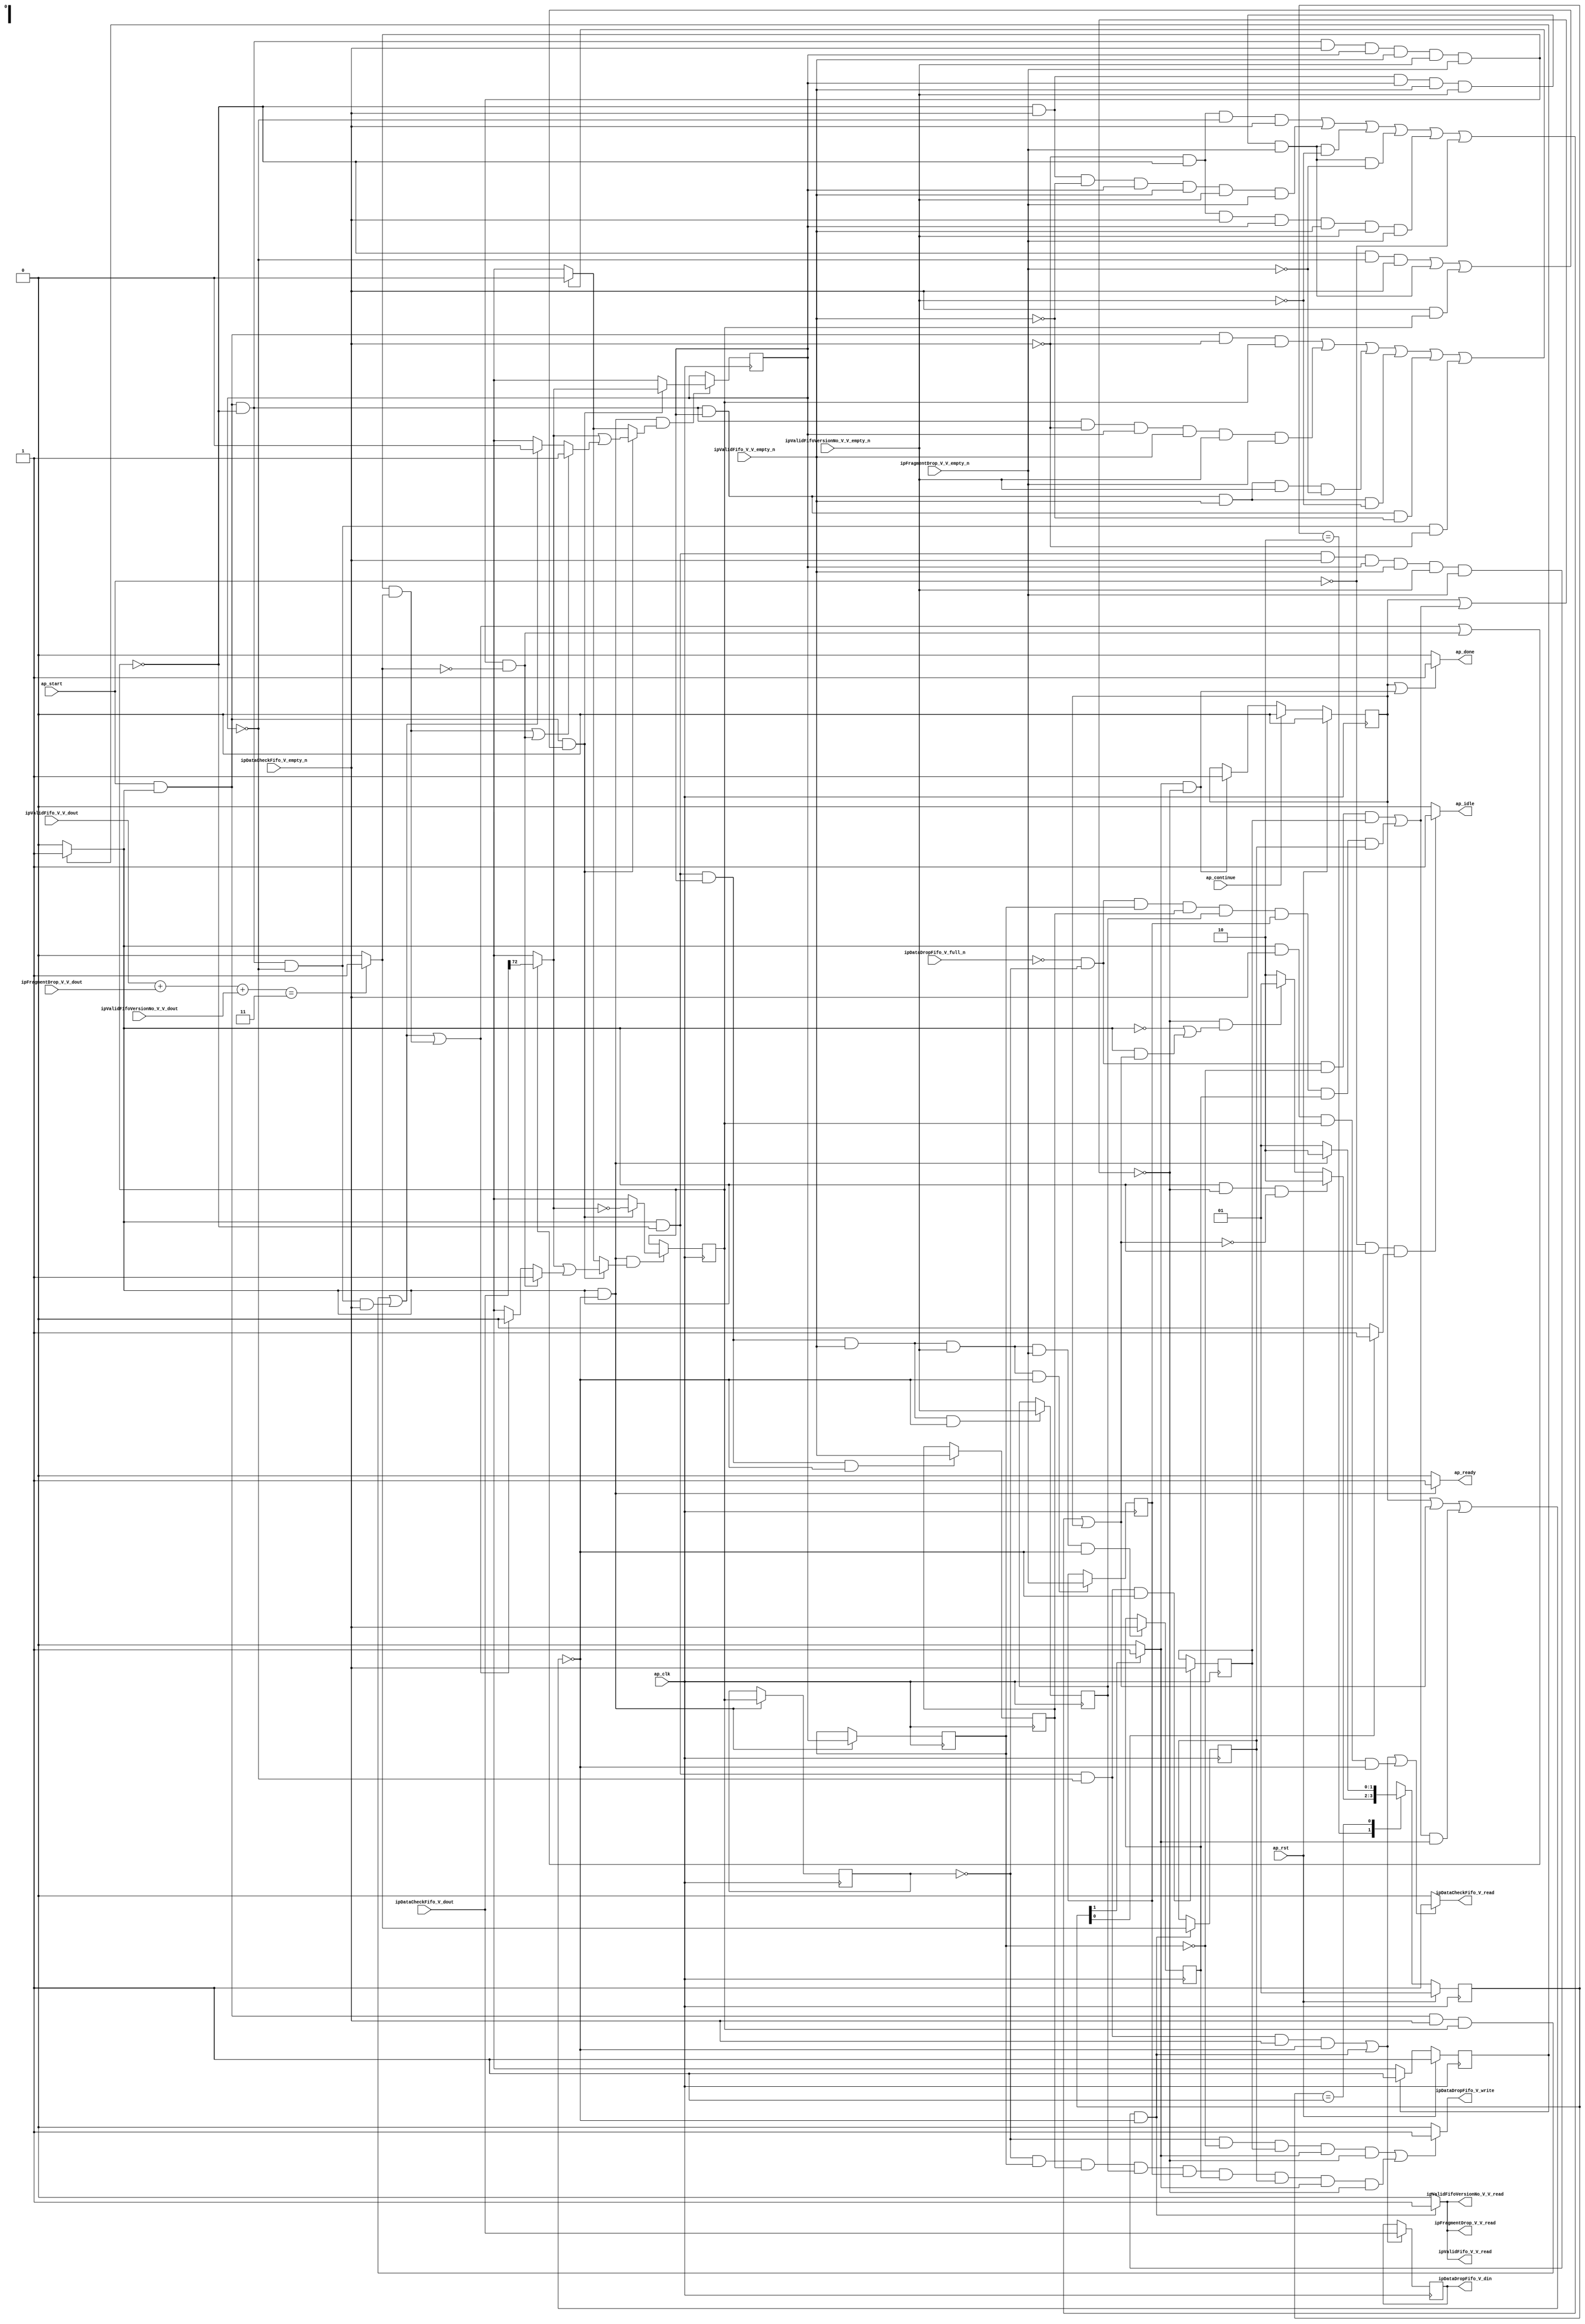
// ==============================================================
// RTL generated by Vivado(TM) HLS - High-Level Synthesis from C, C++ and SystemC
// Version: 2015.1
// Copyright (C) 2015 Xilinx Inc. All rights reserved.
// 
// ===========================================================

`timescale 1 ns / 1 ps 

module ip_handler_ip_invalid_dropper (
        ap_clk,
        ap_rst,
        ap_start,
        ap_done,
        ap_continue,
        ap_idle,
        ap_ready,
        ipDataCheckFifo_V_dout,
        ipDataCheckFifo_V_empty_n,
        ipDataCheckFifo_V_read,
        ipValidFifo_V_V_dout,
        ipValidFifo_V_V_empty_n,
        ipValidFifo_V_V_read,
        ipValidFifoVersionNo_V_V_dout,
        ipValidFifoVersionNo_V_V_empty_n,
        ipValidFifoVersionNo_V_V_read,
        ipFragmentDrop_V_V_dout,
        ipFragmentDrop_V_V_empty_n,
        ipFragmentDrop_V_V_read,
        ipDataDropFifo_V_din,
        ipDataDropFifo_V_full_n,
        ipDataDropFifo_V_write
);

parameter    ap_const_logic_1 = 1'b1;
parameter    ap_const_logic_0 = 1'b0;
parameter    ap_ST_st1_fsm0_0 = 1'b1;
parameter    ap_ST_st2_fsm1_1 = 2'b10;
parameter    ap_ST_st0_fsm1_0 = 2'b1;
parameter    ap_const_lv32_0 = 32'b00000000000000000000000000000000;
parameter    ap_const_lv1_1 = 1'b1;
parameter    ap_const_lv1_0 = 1'b0;
parameter    ap_const_lv32_1 = 32'b1;
parameter    ap_const_lv32_48 = 32'b1001000;
parameter    ap_const_lv2_3 = 2'b11;
parameter    ap_true = 1'b1;

input   ap_clk;
input   ap_rst;
input   ap_start;
output   ap_done;
input   ap_continue;
output   ap_idle;
output   ap_ready;
input  [72:0] ipDataCheckFifo_V_dout;
input   ipDataCheckFifo_V_empty_n;
output   ipDataCheckFifo_V_read;
input  [0:0] ipValidFifo_V_V_dout;
input   ipValidFifo_V_V_empty_n;
output   ipValidFifo_V_V_read;
input  [0:0] ipValidFifoVersionNo_V_V_dout;
input   ipValidFifoVersionNo_V_V_empty_n;
output   ipValidFifoVersionNo_V_V_read;
input  [0:0] ipFragmentDrop_V_V_dout;
input   ipFragmentDrop_V_V_empty_n;
output   ipFragmentDrop_V_V_read;
output  [72:0] ipDataDropFifo_V_din;
input   ipDataDropFifo_V_full_n;
output   ipDataDropFifo_V_write;

reg ap_done;
reg ap_idle;
reg ap_ready;
reg ipDataCheckFifo_V_read;
reg ipValidFifo_V_V_read;
reg ipValidFifoVersionNo_V_V_read;
reg ipFragmentDrop_V_V_read;
reg ipDataDropFifo_V_write;
reg    ap_done_reg = 1'b0;
(* fsm_encoding = "none" *) reg   [0:0] ap_CS_fsm0 = 1'b1;
reg    ap_sig_cseq_ST_st1_fsm0_0;
reg    ap_sig_bdd_23;
(* fsm_encoding = "none" *) reg   [1:0] ap_CS_fsm1 = 2'b1;
reg    ap_sig_cseq_ST_st0_fsm1_0;
reg    ap_sig_bdd_34;
wire   [0:0] grp_nbreadreq_fu_84_p3;
wire   [0:0] tmp_3_nbreadreq_fu_98_p3;
wire   [0:0] tmp_5_nbreadreq_fu_106_p3;
wire   [0:0] tmp_6_nbreadreq_fu_114_p3;
reg    ap_sig_bdd_100;
reg   [0:0] iid_drop_load_reg_386;
reg   [0:0] iid_firstWord_load_reg_390;
reg   [0:0] tmp_4_reg_394;
reg   [0:0] tmp_3_reg_398;
reg   [0:0] tmp_5_reg_402;
reg   [0:0] tmp_6_reg_406;
reg   [0:0] tmp_7_reg_410;
reg   [0:0] tmp_30_reg_414;
reg    ap_sig_bdd_148;
reg    ap_sig_cseq_ST_st2_fsm1_1;
reg    ap_sig_bdd_154;
reg   [0:0] iid_drop = 1'b0;
reg   [0:0] iid_firstWord = 1'b1;
reg   [72:0] reg_310;
wire   [0:0] tmp_30_fu_347_p2;
wire   [0:0] ap_reg_phiprechg_iid_drop_flag_1_reg_147pp0_it0;
reg   [0:0] iid_drop_flag_1_phi_fu_150_p8;
wire   [0:0] ap_reg_phiprechg_iid_firstWord_flag_reg_164pp0_it0;
reg   [0:0] iid_firstWord_flag_phi_fu_167_p8;
wire   [0:0] ap_reg_phiprechg_tmp_31_reg_181pp0_it0;
reg   [0:0] tmp_31_phi_fu_184_p8;
wire   [0:0] ap_reg_phiprechg_iid_drop_flag_2_reg_194pp0_it0;
reg   [0:0] iid_drop_flag_2_phi_fu_197_p14;
wire   [0:0] p_iid_drop_flag_1_fu_353_p2;
wire   [0:0] not_tmp_s_fu_360_p2;
wire   [0:0] ap_reg_phiprechg_iid_drop_new_2_reg_220pp0_it0;
reg   [0:0] iid_drop_new_2_phi_fu_223_p14;
wire   [0:0] ap_reg_phiprechg_iid_firstWord_flag_1_reg_245pp0_it0;
reg   [0:0] iid_firstWord_flag_1_phi_fu_248_p14;
wire   [0:0] p_iid_firstWord_flag_fu_367_p2;
wire   [0:0] ap_reg_phiprechg_iid_firstWord_new_1_reg_271pp0_it0;
reg   [0:0] iid_firstWord_new_1_phi_fu_274_p14;
wire   [1:0] lhs_V_fu_323_p1;
wire   [1:0] tmp_s_fu_331_p1;
wire   [1:0] tmp1_fu_335_p2;
wire   [1:0] rhs_V_fu_327_p1;
wire   [1:0] valid_V_fu_341_p2;
reg   [0:0] ap_NS_fsm0;
reg   [1:0] ap_NS_fsm1;




/// the current state (ap_CS_fsm0) of the state machine. ///
always @ (posedge ap_clk)
begin : ap_ret_ap_CS_fsm0
    if (ap_rst == 1'b1) begin
        ap_CS_fsm0 <= ap_ST_st1_fsm0_0;
    end else begin
        ap_CS_fsm0 <= ap_NS_fsm0;
    end
end

/// the current state (ap_CS_fsm1) of the state machine. ///
always @ (posedge ap_clk)
begin : ap_ret_ap_CS_fsm1
    if (ap_rst == 1'b1) begin
        ap_CS_fsm1 <= ap_ST_st0_fsm1_0;
    end else begin
        ap_CS_fsm1 <= ap_NS_fsm1;
    end
end

/// ap_done_reg assign process. ///
always @ (posedge ap_clk)
begin : ap_ret_ap_done_reg
    if (ap_rst == 1'b1) begin
        ap_done_reg <= ap_const_logic_0;
    end else begin
        if ((ap_const_logic_1 == ap_continue)) begin
            ap_done_reg <= ap_const_logic_0;
        end else if (((ap_const_logic_1 == ap_sig_cseq_ST_st2_fsm1_1) & ~((ap_done_reg == ap_const_logic_1) | ap_sig_bdd_148))) begin
            ap_done_reg <= ap_const_logic_1;
        end
    end
end

/// assign process. ///
always @(posedge ap_clk)
begin
    if (((ap_const_logic_1 == ap_sig_cseq_ST_st1_fsm0_0) & ~((ap_done_reg == ap_const_logic_1) | ap_sig_bdd_100 | (ap_sig_bdd_148 & (ap_const_logic_1 == ap_sig_cseq_ST_st2_fsm1_1))) & ~(ap_const_lv1_0 == iid_drop_flag_2_phi_fu_197_p14))) begin
        iid_drop <= iid_drop_new_2_phi_fu_223_p14;
    end
end

/// assign process. ///
always @(posedge ap_clk)
begin
    if (((ap_const_logic_1 == ap_sig_cseq_ST_st1_fsm0_0) & ~((ap_done_reg == ap_const_logic_1) | ap_sig_bdd_100 | (ap_sig_bdd_148 & (ap_const_logic_1 == ap_sig_cseq_ST_st2_fsm1_1))))) begin
        iid_drop_load_reg_386 <= iid_drop;
        iid_firstWord_load_reg_390 <= iid_firstWord;
    end
end

/// assign process. ///
always @(posedge ap_clk)
begin
    if (((ap_const_logic_1 == ap_sig_cseq_ST_st1_fsm0_0) & ~((ap_done_reg == ap_const_logic_1) | ap_sig_bdd_100 | (ap_sig_bdd_148 & (ap_const_logic_1 == ap_sig_cseq_ST_st2_fsm1_1))) & ~(ap_const_lv1_0 == iid_firstWord_flag_1_phi_fu_248_p14))) begin
        iid_firstWord <= iid_firstWord_new_1_phi_fu_274_p14;
    end
end

/// assign process. ///
always @(posedge ap_clk)
begin
    if ((((ap_const_logic_1 == ap_sig_cseq_ST_st1_fsm0_0) & (iid_drop == ap_const_lv1_0) & (ap_const_lv1_0 == iid_firstWord) & ~(ap_const_lv1_0 == grp_nbreadreq_fu_84_p3) & ~((ap_done_reg == ap_const_logic_1) | ap_sig_bdd_100 | (ap_sig_bdd_148 & (ap_const_logic_1 == ap_sig_cseq_ST_st2_fsm1_1)))) | ((ap_const_logic_1 == ap_sig_cseq_ST_st1_fsm0_0) & (iid_drop == ap_const_lv1_0) & ~(ap_const_lv1_0 == grp_nbreadreq_fu_84_p3) & ~(ap_const_lv1_0 == iid_firstWord) & ~(ap_const_lv1_0 == tmp_3_nbreadreq_fu_98_p3) & ~(ap_const_lv1_0 == tmp_5_nbreadreq_fu_106_p3) & ~(ap_const_lv1_0 == tmp_6_nbreadreq_fu_114_p3) & ~((ap_done_reg == ap_const_logic_1) | ap_sig_bdd_100 | (ap_sig_bdd_148 & (ap_const_logic_1 == ap_sig_cseq_ST_st2_fsm1_1)))))) begin
        reg_310 <= ipDataCheckFifo_V_dout;
    end
end

/// assign process. ///
always @(posedge ap_clk)
begin
    if (((ap_const_logic_1 == ap_sig_cseq_ST_st1_fsm0_0) & (iid_drop == ap_const_lv1_0) & ~(ap_const_lv1_0 == grp_nbreadreq_fu_84_p3) & ~(ap_const_lv1_0 == iid_firstWord) & ~(ap_const_lv1_0 == tmp_3_nbreadreq_fu_98_p3) & ~(ap_const_lv1_0 == tmp_5_nbreadreq_fu_106_p3) & ~(ap_const_lv1_0 == tmp_6_nbreadreq_fu_114_p3) & ~((ap_done_reg == ap_const_logic_1) | ap_sig_bdd_100 | (ap_sig_bdd_148 & (ap_const_logic_1 == ap_sig_cseq_ST_st2_fsm1_1))))) begin
        tmp_30_reg_414 <= tmp_30_fu_347_p2;
    end
end

/// assign process. ///
always @(posedge ap_clk)
begin
    if (((ap_const_logic_1 == ap_sig_cseq_ST_st1_fsm0_0) & (iid_drop == ap_const_lv1_0) & ~(ap_const_lv1_0 == iid_firstWord) & ~((ap_done_reg == ap_const_logic_1) | ap_sig_bdd_100 | (ap_sig_bdd_148 & (ap_const_logic_1 == ap_sig_cseq_ST_st2_fsm1_1))))) begin
        tmp_3_reg_398 <= tmp_3_nbreadreq_fu_98_p3;
    end
end

/// assign process. ///
always @(posedge ap_clk)
begin
    if (((ap_const_logic_1 == ap_sig_cseq_ST_st1_fsm0_0) & (iid_drop == ap_const_lv1_0) & (ap_const_lv1_0 == iid_firstWord) & ~((ap_done_reg == ap_const_logic_1) | ap_sig_bdd_100 | (ap_sig_bdd_148 & (ap_const_logic_1 == ap_sig_cseq_ST_st2_fsm1_1))))) begin
        tmp_4_reg_394 <= grp_nbreadreq_fu_84_p3;
    end
end

/// assign process. ///
always @(posedge ap_clk)
begin
    if (((ap_const_logic_1 == ap_sig_cseq_ST_st1_fsm0_0) & (iid_drop == ap_const_lv1_0) & ~(ap_const_lv1_0 == iid_firstWord) & ~(ap_const_lv1_0 == tmp_3_nbreadreq_fu_98_p3) & ~((ap_done_reg == ap_const_logic_1) | ap_sig_bdd_100 | (ap_sig_bdd_148 & (ap_const_logic_1 == ap_sig_cseq_ST_st2_fsm1_1))))) begin
        tmp_5_reg_402 <= tmp_5_nbreadreq_fu_106_p3;
    end
end

/// assign process. ///
always @(posedge ap_clk)
begin
    if (((ap_const_logic_1 == ap_sig_cseq_ST_st1_fsm0_0) & (iid_drop == ap_const_lv1_0) & ~(ap_const_lv1_0 == iid_firstWord) & ~(ap_const_lv1_0 == tmp_3_nbreadreq_fu_98_p3) & ~(ap_const_lv1_0 == tmp_5_nbreadreq_fu_106_p3) & ~((ap_done_reg == ap_const_logic_1) | ap_sig_bdd_100 | (ap_sig_bdd_148 & (ap_const_logic_1 == ap_sig_cseq_ST_st2_fsm1_1))))) begin
        tmp_6_reg_406 <= tmp_6_nbreadreq_fu_114_p3;
    end
end

/// assign process. ///
always @(posedge ap_clk)
begin
    if (((ap_const_logic_1 == ap_sig_cseq_ST_st1_fsm0_0) & (iid_drop == ap_const_lv1_0) & ~(ap_const_lv1_0 == iid_firstWord) & ~(ap_const_lv1_0 == tmp_3_nbreadreq_fu_98_p3) & ~(ap_const_lv1_0 == tmp_5_nbreadreq_fu_106_p3) & ~(ap_const_lv1_0 == tmp_6_nbreadreq_fu_114_p3) & ~((ap_done_reg == ap_const_logic_1) | ap_sig_bdd_100 | (ap_sig_bdd_148 & (ap_const_logic_1 == ap_sig_cseq_ST_st2_fsm1_1))))) begin
        tmp_7_reg_410 <= grp_nbreadreq_fu_84_p3;
    end
end

/// ap_done assign process. ///
always @ (ap_done_reg or ap_sig_bdd_148 or ap_sig_cseq_ST_st2_fsm1_1)
begin
    if (((ap_const_logic_1 == ap_done_reg) | ((ap_const_logic_1 == ap_sig_cseq_ST_st2_fsm1_1) & ~((ap_done_reg == ap_const_logic_1) | ap_sig_bdd_148)))) begin
        ap_done = ap_const_logic_1;
    end else begin
        ap_done = ap_const_logic_0;
    end
end

/// ap_idle assign process. ///
always @ (ap_start or ap_sig_cseq_ST_st1_fsm0_0 or ap_sig_cseq_ST_st0_fsm1_0)
begin
    if ((~(ap_const_logic_1 == ap_start) & (ap_const_logic_1 == ap_sig_cseq_ST_st1_fsm0_0) & (ap_const_logic_1 == ap_sig_cseq_ST_st0_fsm1_0))) begin
        ap_idle = ap_const_logic_1;
    end else begin
        ap_idle = ap_const_logic_0;
    end
end

/// ap_ready assign process. ///
always @ (ap_done_reg or ap_sig_cseq_ST_st1_fsm0_0 or ap_sig_bdd_100 or ap_sig_bdd_148 or ap_sig_cseq_ST_st2_fsm1_1)
begin
    if (((ap_const_logic_1 == ap_sig_cseq_ST_st1_fsm0_0) & ~((ap_done_reg == ap_const_logic_1) | ap_sig_bdd_100 | (ap_sig_bdd_148 & (ap_const_logic_1 == ap_sig_cseq_ST_st2_fsm1_1))))) begin
        ap_ready = ap_const_logic_1;
    end else begin
        ap_ready = ap_const_logic_0;
    end
end

/// ap_sig_cseq_ST_st0_fsm1_0 assign process. ///
always @ (ap_sig_bdd_34)
begin
    if (ap_sig_bdd_34) begin
        ap_sig_cseq_ST_st0_fsm1_0 = ap_const_logic_1;
    end else begin
        ap_sig_cseq_ST_st0_fsm1_0 = ap_const_logic_0;
    end
end

/// ap_sig_cseq_ST_st1_fsm0_0 assign process. ///
always @ (ap_sig_bdd_23)
begin
    if (ap_sig_bdd_23) begin
        ap_sig_cseq_ST_st1_fsm0_0 = ap_const_logic_1;
    end else begin
        ap_sig_cseq_ST_st1_fsm0_0 = ap_const_logic_0;
    end
end

/// ap_sig_cseq_ST_st2_fsm1_1 assign process. ///
always @ (ap_sig_bdd_154)
begin
    if (ap_sig_bdd_154) begin
        ap_sig_cseq_ST_st2_fsm1_1 = ap_const_logic_1;
    end else begin
        ap_sig_cseq_ST_st2_fsm1_1 = ap_const_logic_0;
    end
end

/// iid_drop_flag_1_phi_fu_150_p8 assign process. ///
always @ (ap_start or ap_sig_cseq_ST_st1_fsm0_0 or grp_nbreadreq_fu_84_p3 or tmp_3_nbreadreq_fu_98_p3 or tmp_5_nbreadreq_fu_106_p3 or tmp_6_nbreadreq_fu_114_p3 or iid_drop or iid_firstWord or tmp_30_fu_347_p2 or ap_reg_phiprechg_iid_drop_flag_1_reg_147pp0_it0)
begin
    if (((ap_const_logic_1 == ap_start) & (ap_const_logic_1 == ap_sig_cseq_ST_st1_fsm0_0) & (iid_drop == ap_const_lv1_0) & ~(ap_const_lv1_0 == grp_nbreadreq_fu_84_p3) & ~(ap_const_lv1_0 == iid_firstWord) & ~(ap_const_lv1_0 == tmp_3_nbreadreq_fu_98_p3) & ~(ap_const_lv1_0 == tmp_5_nbreadreq_fu_106_p3) & ~(ap_const_lv1_0 == tmp_6_nbreadreq_fu_114_p3) & (ap_const_lv1_0 == tmp_30_fu_347_p2))) begin
        iid_drop_flag_1_phi_fu_150_p8 = ap_const_lv1_1;
    end else if ((((ap_const_logic_1 == ap_start) & (ap_const_logic_1 == ap_sig_cseq_ST_st1_fsm0_0) & ~(ap_const_lv1_0 == grp_nbreadreq_fu_84_p3) & ~(iid_drop == ap_const_lv1_0)) | ((ap_const_logic_1 == ap_start) & (ap_const_logic_1 == ap_sig_cseq_ST_st1_fsm0_0) & (iid_drop == ap_const_lv1_0) & (ap_const_lv1_0 == iid_firstWord) & ~(ap_const_lv1_0 == grp_nbreadreq_fu_84_p3)) | ((ap_const_logic_1 == ap_start) & (ap_const_logic_1 == ap_sig_cseq_ST_st1_fsm0_0) & (iid_drop == ap_const_lv1_0) & ~(ap_const_lv1_0 == grp_nbreadreq_fu_84_p3) & ~(ap_const_lv1_0 == iid_firstWord) & ~(ap_const_lv1_0 == tmp_3_nbreadreq_fu_98_p3) & ~(ap_const_lv1_0 == tmp_5_nbreadreq_fu_106_p3) & ~(ap_const_lv1_0 == tmp_6_nbreadreq_fu_114_p3) & ~(ap_const_lv1_0 == tmp_30_fu_347_p2)))) begin
        iid_drop_flag_1_phi_fu_150_p8 = ap_const_lv1_0;
    end else begin
        iid_drop_flag_1_phi_fu_150_p8 = ap_reg_phiprechg_iid_drop_flag_1_reg_147pp0_it0;
    end
end

/// iid_drop_flag_2_phi_fu_197_p14 assign process. ///
always @ (ap_start or ap_sig_cseq_ST_st1_fsm0_0 or grp_nbreadreq_fu_84_p3 or tmp_3_nbreadreq_fu_98_p3 or tmp_5_nbreadreq_fu_106_p3 or tmp_6_nbreadreq_fu_114_p3 or iid_drop or iid_firstWord or ap_reg_phiprechg_iid_drop_flag_2_reg_194pp0_it0 or p_iid_drop_flag_1_fu_353_p2)
begin
    if (((ap_const_logic_1 == ap_start) & (ap_const_logic_1 == ap_sig_cseq_ST_st1_fsm0_0) & (((iid_drop == ap_const_lv1_0) & (ap_const_lv1_0 == iid_firstWord) & ~(ap_const_lv1_0 == grp_nbreadreq_fu_84_p3)) | ((iid_drop == ap_const_lv1_0) & ~(ap_const_lv1_0 == grp_nbreadreq_fu_84_p3) & ~(ap_const_lv1_0 == iid_firstWord) & ~(ap_const_lv1_0 == tmp_3_nbreadreq_fu_98_p3) & ~(ap_const_lv1_0 == tmp_5_nbreadreq_fu_106_p3) & ~(ap_const_lv1_0 == tmp_6_nbreadreq_fu_114_p3)) | (~(ap_const_lv1_0 == grp_nbreadreq_fu_84_p3) & ~(iid_drop == ap_const_lv1_0))))) begin
        iid_drop_flag_2_phi_fu_197_p14 = p_iid_drop_flag_1_fu_353_p2;
    end else if ((((ap_const_logic_1 == ap_start) & (ap_const_logic_1 == ap_sig_cseq_ST_st1_fsm0_0) & (ap_const_lv1_0 == grp_nbreadreq_fu_84_p3) & ~(iid_drop == ap_const_lv1_0)) | ((ap_const_logic_1 == ap_start) & (ap_const_logic_1 == ap_sig_cseq_ST_st1_fsm0_0) & (iid_drop == ap_const_lv1_0) & (ap_const_lv1_0 == grp_nbreadreq_fu_84_p3) & ~(ap_const_lv1_0 == iid_firstWord) & ~(ap_const_lv1_0 == tmp_3_nbreadreq_fu_98_p3) & ~(ap_const_lv1_0 == tmp_5_nbreadreq_fu_106_p3) & ~(ap_const_lv1_0 == tmp_6_nbreadreq_fu_114_p3)) | ((ap_const_logic_1 == ap_start) & (ap_const_logic_1 == ap_sig_cseq_ST_st1_fsm0_0) & (iid_drop == ap_const_lv1_0) & ~(ap_const_lv1_0 == iid_firstWord) & ~(ap_const_lv1_0 == tmp_3_nbreadreq_fu_98_p3) & ~(ap_const_lv1_0 == tmp_5_nbreadreq_fu_106_p3) & (ap_const_lv1_0 == tmp_6_nbreadreq_fu_114_p3)) | ((ap_const_logic_1 == ap_start) & (ap_const_logic_1 == ap_sig_cseq_ST_st1_fsm0_0) & (iid_drop == ap_const_lv1_0) & ~(ap_const_lv1_0 == iid_firstWord) & ~(ap_const_lv1_0 == tmp_3_nbreadreq_fu_98_p3) & (ap_const_lv1_0 == tmp_5_nbreadreq_fu_106_p3)) | ((ap_const_logic_1 == ap_start) & (ap_const_logic_1 == ap_sig_cseq_ST_st1_fsm0_0) & (iid_drop == ap_const_lv1_0) & ~(ap_const_lv1_0 == iid_firstWord) & (ap_const_lv1_0 == tmp_3_nbreadreq_fu_98_p3)) | ((ap_const_logic_1 == ap_start) & (ap_const_logic_1 == ap_sig_cseq_ST_st1_fsm0_0) & (iid_drop == ap_const_lv1_0) & (ap_const_lv1_0 == iid_firstWord) & (ap_const_lv1_0 == grp_nbreadreq_fu_84_p3)))) begin
        iid_drop_flag_2_phi_fu_197_p14 = ap_const_lv1_0;
    end else begin
        iid_drop_flag_2_phi_fu_197_p14 = ap_reg_phiprechg_iid_drop_flag_2_reg_194pp0_it0;
    end
end

/// iid_drop_new_2_phi_fu_223_p14 assign process. ///
always @ (ap_start or ap_sig_cseq_ST_st1_fsm0_0 or grp_nbreadreq_fu_84_p3 or tmp_3_nbreadreq_fu_98_p3 or tmp_5_nbreadreq_fu_106_p3 or tmp_6_nbreadreq_fu_114_p3 or iid_drop or iid_firstWord or not_tmp_s_fu_360_p2 or ap_reg_phiprechg_iid_drop_new_2_reg_220pp0_it0)
begin
    if (((ap_const_logic_1 == ap_start) & (ap_const_logic_1 == ap_sig_cseq_ST_st1_fsm0_0) & (((iid_drop == ap_const_lv1_0) & (ap_const_lv1_0 == iid_firstWord) & ~(ap_const_lv1_0 == grp_nbreadreq_fu_84_p3)) | ((iid_drop == ap_const_lv1_0) & ~(ap_const_lv1_0 == grp_nbreadreq_fu_84_p3) & ~(ap_const_lv1_0 == iid_firstWord) & ~(ap_const_lv1_0 == tmp_3_nbreadreq_fu_98_p3) & ~(ap_const_lv1_0 == tmp_5_nbreadreq_fu_106_p3) & ~(ap_const_lv1_0 == tmp_6_nbreadreq_fu_114_p3)) | (~(ap_const_lv1_0 == grp_nbreadreq_fu_84_p3) & ~(iid_drop == ap_const_lv1_0))))) begin
        iid_drop_new_2_phi_fu_223_p14 = not_tmp_s_fu_360_p2;
    end else begin
        iid_drop_new_2_phi_fu_223_p14 = ap_reg_phiprechg_iid_drop_new_2_reg_220pp0_it0;
    end
end

/// iid_firstWord_flag_1_phi_fu_248_p14 assign process. ///
always @ (ap_start or ap_sig_cseq_ST_st1_fsm0_0 or grp_nbreadreq_fu_84_p3 or tmp_3_nbreadreq_fu_98_p3 or tmp_5_nbreadreq_fu_106_p3 or tmp_6_nbreadreq_fu_114_p3 or iid_drop or iid_firstWord or ap_reg_phiprechg_iid_firstWord_flag_1_reg_245pp0_it0 or p_iid_firstWord_flag_fu_367_p2)
begin
    if (((ap_const_logic_1 == ap_start) & (ap_const_logic_1 == ap_sig_cseq_ST_st1_fsm0_0) & (((iid_drop == ap_const_lv1_0) & (ap_const_lv1_0 == iid_firstWord) & ~(ap_const_lv1_0 == grp_nbreadreq_fu_84_p3)) | ((iid_drop == ap_const_lv1_0) & ~(ap_const_lv1_0 == grp_nbreadreq_fu_84_p3) & ~(ap_const_lv1_0 == iid_firstWord) & ~(ap_const_lv1_0 == tmp_3_nbreadreq_fu_98_p3) & ~(ap_const_lv1_0 == tmp_5_nbreadreq_fu_106_p3) & ~(ap_const_lv1_0 == tmp_6_nbreadreq_fu_114_p3)) | (~(ap_const_lv1_0 == grp_nbreadreq_fu_84_p3) & ~(iid_drop == ap_const_lv1_0))))) begin
        iid_firstWord_flag_1_phi_fu_248_p14 = p_iid_firstWord_flag_fu_367_p2;
    end else if ((((ap_const_logic_1 == ap_start) & (ap_const_logic_1 == ap_sig_cseq_ST_st1_fsm0_0) & (ap_const_lv1_0 == grp_nbreadreq_fu_84_p3) & ~(iid_drop == ap_const_lv1_0)) | ((ap_const_logic_1 == ap_start) & (ap_const_logic_1 == ap_sig_cseq_ST_st1_fsm0_0) & (iid_drop == ap_const_lv1_0) & (ap_const_lv1_0 == grp_nbreadreq_fu_84_p3) & ~(ap_const_lv1_0 == iid_firstWord) & ~(ap_const_lv1_0 == tmp_3_nbreadreq_fu_98_p3) & ~(ap_const_lv1_0 == tmp_5_nbreadreq_fu_106_p3) & ~(ap_const_lv1_0 == tmp_6_nbreadreq_fu_114_p3)) | ((ap_const_logic_1 == ap_start) & (ap_const_logic_1 == ap_sig_cseq_ST_st1_fsm0_0) & (iid_drop == ap_const_lv1_0) & ~(ap_const_lv1_0 == iid_firstWord) & ~(ap_const_lv1_0 == tmp_3_nbreadreq_fu_98_p3) & ~(ap_const_lv1_0 == tmp_5_nbreadreq_fu_106_p3) & (ap_const_lv1_0 == tmp_6_nbreadreq_fu_114_p3)) | ((ap_const_logic_1 == ap_start) & (ap_const_logic_1 == ap_sig_cseq_ST_st1_fsm0_0) & (iid_drop == ap_const_lv1_0) & ~(ap_const_lv1_0 == iid_firstWord) & ~(ap_const_lv1_0 == tmp_3_nbreadreq_fu_98_p3) & (ap_const_lv1_0 == tmp_5_nbreadreq_fu_106_p3)) | ((ap_const_logic_1 == ap_start) & (ap_const_logic_1 == ap_sig_cseq_ST_st1_fsm0_0) & (iid_drop == ap_const_lv1_0) & ~(ap_const_lv1_0 == iid_firstWord) & (ap_const_lv1_0 == tmp_3_nbreadreq_fu_98_p3)) | ((ap_const_logic_1 == ap_start) & (ap_const_logic_1 == ap_sig_cseq_ST_st1_fsm0_0) & (iid_drop == ap_const_lv1_0) & (ap_const_lv1_0 == iid_firstWord) & (ap_const_lv1_0 == grp_nbreadreq_fu_84_p3)))) begin
        iid_firstWord_flag_1_phi_fu_248_p14 = ap_const_lv1_0;
    end else begin
        iid_firstWord_flag_1_phi_fu_248_p14 = ap_reg_phiprechg_iid_firstWord_flag_1_reg_245pp0_it0;
    end
end

/// iid_firstWord_flag_phi_fu_167_p8 assign process. ///
always @ (ap_start or ap_sig_cseq_ST_st1_fsm0_0 or grp_nbreadreq_fu_84_p3 or tmp_3_nbreadreq_fu_98_p3 or tmp_5_nbreadreq_fu_106_p3 or tmp_6_nbreadreq_fu_114_p3 or iid_drop or iid_firstWord or tmp_30_fu_347_p2 or ap_reg_phiprechg_iid_firstWord_flag_reg_164pp0_it0)
begin
    if ((((ap_const_logic_1 == ap_start) & (ap_const_logic_1 == ap_sig_cseq_ST_st1_fsm0_0) & (iid_drop == ap_const_lv1_0) & ~(ap_const_lv1_0 == grp_nbreadreq_fu_84_p3) & ~(ap_const_lv1_0 == iid_firstWord) & ~(ap_const_lv1_0 == tmp_3_nbreadreq_fu_98_p3) & ~(ap_const_lv1_0 == tmp_5_nbreadreq_fu_106_p3) & ~(ap_const_lv1_0 == tmp_6_nbreadreq_fu_114_p3) & ~(ap_const_lv1_0 == tmp_30_fu_347_p2)) | ((ap_const_logic_1 == ap_start) & (ap_const_logic_1 == ap_sig_cseq_ST_st1_fsm0_0) & (iid_drop == ap_const_lv1_0) & ~(ap_const_lv1_0 == grp_nbreadreq_fu_84_p3) & ~(ap_const_lv1_0 == iid_firstWord) & ~(ap_const_lv1_0 == tmp_3_nbreadreq_fu_98_p3) & ~(ap_const_lv1_0 == tmp_5_nbreadreq_fu_106_p3) & ~(ap_const_lv1_0 == tmp_6_nbreadreq_fu_114_p3) & (ap_const_lv1_0 == tmp_30_fu_347_p2)))) begin
        iid_firstWord_flag_phi_fu_167_p8 = ap_const_lv1_1;
    end else if ((((ap_const_logic_1 == ap_start) & (ap_const_logic_1 == ap_sig_cseq_ST_st1_fsm0_0) & ~(ap_const_lv1_0 == grp_nbreadreq_fu_84_p3) & ~(iid_drop == ap_const_lv1_0)) | ((ap_const_logic_1 == ap_start) & (ap_const_logic_1 == ap_sig_cseq_ST_st1_fsm0_0) & (iid_drop == ap_const_lv1_0) & (ap_const_lv1_0 == iid_firstWord) & ~(ap_const_lv1_0 == grp_nbreadreq_fu_84_p3)))) begin
        iid_firstWord_flag_phi_fu_167_p8 = ap_const_lv1_0;
    end else begin
        iid_firstWord_flag_phi_fu_167_p8 = ap_reg_phiprechg_iid_firstWord_flag_reg_164pp0_it0;
    end
end

/// iid_firstWord_new_1_phi_fu_274_p14 assign process. ///
always @ (ap_start or ap_sig_cseq_ST_st1_fsm0_0 or grp_nbreadreq_fu_84_p3 or tmp_3_nbreadreq_fu_98_p3 or tmp_5_nbreadreq_fu_106_p3 or tmp_6_nbreadreq_fu_114_p3 or iid_drop or iid_firstWord or tmp_31_phi_fu_184_p8 or ap_reg_phiprechg_iid_firstWord_new_1_reg_271pp0_it0)
begin
    if (((ap_const_logic_1 == ap_start) & (ap_const_logic_1 == ap_sig_cseq_ST_st1_fsm0_0) & (((iid_drop == ap_const_lv1_0) & (ap_const_lv1_0 == iid_firstWord) & ~(ap_const_lv1_0 == grp_nbreadreq_fu_84_p3)) | ((iid_drop == ap_const_lv1_0) & ~(ap_const_lv1_0 == grp_nbreadreq_fu_84_p3) & ~(ap_const_lv1_0 == iid_firstWord) & ~(ap_const_lv1_0 == tmp_3_nbreadreq_fu_98_p3) & ~(ap_const_lv1_0 == tmp_5_nbreadreq_fu_106_p3) & ~(ap_const_lv1_0 == tmp_6_nbreadreq_fu_114_p3)) | (~(ap_const_lv1_0 == grp_nbreadreq_fu_84_p3) & ~(iid_drop == ap_const_lv1_0))))) begin
        iid_firstWord_new_1_phi_fu_274_p14 = tmp_31_phi_fu_184_p8;
    end else begin
        iid_firstWord_new_1_phi_fu_274_p14 = ap_reg_phiprechg_iid_firstWord_new_1_reg_271pp0_it0;
    end
end

/// ipDataCheckFifo_V_read assign process. ///
always @ (ap_done_reg or ap_sig_cseq_ST_st1_fsm0_0 or grp_nbreadreq_fu_84_p3 or tmp_3_nbreadreq_fu_98_p3 or tmp_5_nbreadreq_fu_106_p3 or tmp_6_nbreadreq_fu_114_p3 or ap_sig_bdd_100 or ap_sig_bdd_148 or ap_sig_cseq_ST_st2_fsm1_1 or iid_drop or iid_firstWord)
begin
    if ((((ap_const_logic_1 == ap_sig_cseq_ST_st1_fsm0_0) & (iid_drop == ap_const_lv1_0) & (ap_const_lv1_0 == iid_firstWord) & ~(ap_const_lv1_0 == grp_nbreadreq_fu_84_p3) & ~((ap_done_reg == ap_const_logic_1) | ap_sig_bdd_100 | (ap_sig_bdd_148 & (ap_const_logic_1 == ap_sig_cseq_ST_st2_fsm1_1)))) | ((ap_const_logic_1 == ap_sig_cseq_ST_st1_fsm0_0) & (iid_drop == ap_const_lv1_0) & ~(ap_const_lv1_0 == grp_nbreadreq_fu_84_p3) & ~(ap_const_lv1_0 == iid_firstWord) & ~(ap_const_lv1_0 == tmp_3_nbreadreq_fu_98_p3) & ~(ap_const_lv1_0 == tmp_5_nbreadreq_fu_106_p3) & ~(ap_const_lv1_0 == tmp_6_nbreadreq_fu_114_p3) & ~((ap_done_reg == ap_const_logic_1) | ap_sig_bdd_100 | (ap_sig_bdd_148 & (ap_const_logic_1 == ap_sig_cseq_ST_st2_fsm1_1)))) | ((ap_const_logic_1 == ap_sig_cseq_ST_st1_fsm0_0) & ~(ap_const_lv1_0 == grp_nbreadreq_fu_84_p3) & ~(iid_drop == ap_const_lv1_0) & ~((ap_done_reg == ap_const_logic_1) | ap_sig_bdd_100 | (ap_sig_bdd_148 & (ap_const_logic_1 == ap_sig_cseq_ST_st2_fsm1_1)))))) begin
        ipDataCheckFifo_V_read = ap_const_logic_1;
    end else begin
        ipDataCheckFifo_V_read = ap_const_logic_0;
    end
end

/// ipDataDropFifo_V_write assign process. ///
always @ (ap_done_reg or iid_drop_load_reg_386 or iid_firstWord_load_reg_390 or tmp_4_reg_394 or tmp_3_reg_398 or tmp_5_reg_402 or tmp_6_reg_406 or tmp_7_reg_410 or tmp_30_reg_414 or ap_sig_bdd_148 or ap_sig_cseq_ST_st2_fsm1_1)
begin
    if ((((ap_const_lv1_0 == iid_drop_load_reg_386) & (ap_const_lv1_0 == iid_firstWord_load_reg_390) & ~(ap_const_lv1_0 == tmp_4_reg_394) & (ap_const_logic_1 == ap_sig_cseq_ST_st2_fsm1_1) & ~((ap_done_reg == ap_const_logic_1) | ap_sig_bdd_148)) | ((ap_const_lv1_0 == iid_drop_load_reg_386) & ~(ap_const_lv1_0 == iid_firstWord_load_reg_390) & ~(ap_const_lv1_0 == tmp_3_reg_398) & ~(ap_const_lv1_0 == tmp_5_reg_402) & ~(ap_const_lv1_0 == tmp_6_reg_406) & ~(ap_const_lv1_0 == tmp_7_reg_410) & ~(ap_const_lv1_0 == tmp_30_reg_414) & (ap_const_logic_1 == ap_sig_cseq_ST_st2_fsm1_1) & ~((ap_done_reg == ap_const_logic_1) | ap_sig_bdd_148)))) begin
        ipDataDropFifo_V_write = ap_const_logic_1;
    end else begin
        ipDataDropFifo_V_write = ap_const_logic_0;
    end
end

/// ipFragmentDrop_V_V_read assign process. ///
always @ (ap_done_reg or ap_sig_cseq_ST_st1_fsm0_0 or grp_nbreadreq_fu_84_p3 or tmp_3_nbreadreq_fu_98_p3 or tmp_5_nbreadreq_fu_106_p3 or tmp_6_nbreadreq_fu_114_p3 or ap_sig_bdd_100 or ap_sig_bdd_148 or ap_sig_cseq_ST_st2_fsm1_1 or iid_drop or iid_firstWord)
begin
    if (((ap_const_logic_1 == ap_sig_cseq_ST_st1_fsm0_0) & (iid_drop == ap_const_lv1_0) & ~(ap_const_lv1_0 == grp_nbreadreq_fu_84_p3) & ~(ap_const_lv1_0 == iid_firstWord) & ~(ap_const_lv1_0 == tmp_3_nbreadreq_fu_98_p3) & ~(ap_const_lv1_0 == tmp_5_nbreadreq_fu_106_p3) & ~(ap_const_lv1_0 == tmp_6_nbreadreq_fu_114_p3) & ~((ap_done_reg == ap_const_logic_1) | ap_sig_bdd_100 | (ap_sig_bdd_148 & (ap_const_logic_1 == ap_sig_cseq_ST_st2_fsm1_1))))) begin
        ipFragmentDrop_V_V_read = ap_const_logic_1;
    end else begin
        ipFragmentDrop_V_V_read = ap_const_logic_0;
    end
end

/// ipValidFifoVersionNo_V_V_read assign process. ///
always @ (ap_done_reg or ap_sig_cseq_ST_st1_fsm0_0 or grp_nbreadreq_fu_84_p3 or tmp_3_nbreadreq_fu_98_p3 or tmp_5_nbreadreq_fu_106_p3 or tmp_6_nbreadreq_fu_114_p3 or ap_sig_bdd_100 or ap_sig_bdd_148 or ap_sig_cseq_ST_st2_fsm1_1 or iid_drop or iid_firstWord)
begin
    if (((ap_const_logic_1 == ap_sig_cseq_ST_st1_fsm0_0) & (iid_drop == ap_const_lv1_0) & ~(ap_const_lv1_0 == grp_nbreadreq_fu_84_p3) & ~(ap_const_lv1_0 == iid_firstWord) & ~(ap_const_lv1_0 == tmp_3_nbreadreq_fu_98_p3) & ~(ap_const_lv1_0 == tmp_5_nbreadreq_fu_106_p3) & ~(ap_const_lv1_0 == tmp_6_nbreadreq_fu_114_p3) & ~((ap_done_reg == ap_const_logic_1) | ap_sig_bdd_100 | (ap_sig_bdd_148 & (ap_const_logic_1 == ap_sig_cseq_ST_st2_fsm1_1))))) begin
        ipValidFifoVersionNo_V_V_read = ap_const_logic_1;
    end else begin
        ipValidFifoVersionNo_V_V_read = ap_const_logic_0;
    end
end

/// ipValidFifo_V_V_read assign process. ///
always @ (ap_done_reg or ap_sig_cseq_ST_st1_fsm0_0 or grp_nbreadreq_fu_84_p3 or tmp_3_nbreadreq_fu_98_p3 or tmp_5_nbreadreq_fu_106_p3 or tmp_6_nbreadreq_fu_114_p3 or ap_sig_bdd_100 or ap_sig_bdd_148 or ap_sig_cseq_ST_st2_fsm1_1 or iid_drop or iid_firstWord)
begin
    if (((ap_const_logic_1 == ap_sig_cseq_ST_st1_fsm0_0) & (iid_drop == ap_const_lv1_0) & ~(ap_const_lv1_0 == grp_nbreadreq_fu_84_p3) & ~(ap_const_lv1_0 == iid_firstWord) & ~(ap_const_lv1_0 == tmp_3_nbreadreq_fu_98_p3) & ~(ap_const_lv1_0 == tmp_5_nbreadreq_fu_106_p3) & ~(ap_const_lv1_0 == tmp_6_nbreadreq_fu_114_p3) & ~((ap_done_reg == ap_const_logic_1) | ap_sig_bdd_100 | (ap_sig_bdd_148 & (ap_const_logic_1 == ap_sig_cseq_ST_st2_fsm1_1))))) begin
        ipValidFifo_V_V_read = ap_const_logic_1;
    end else begin
        ipValidFifo_V_V_read = ap_const_logic_0;
    end
end

/// tmp_31_phi_fu_184_p8 assign process. ///
always @ (ap_start or ap_sig_cseq_ST_st1_fsm0_0 or ipDataCheckFifo_V_dout or grp_nbreadreq_fu_84_p3 or tmp_3_nbreadreq_fu_98_p3 or tmp_5_nbreadreq_fu_106_p3 or tmp_6_nbreadreq_fu_114_p3 or iid_drop or iid_firstWord or tmp_30_fu_347_p2 or ap_reg_phiprechg_tmp_31_reg_181pp0_it0)
begin
    if ((((ap_const_logic_1 == ap_start) & (ap_const_logic_1 == ap_sig_cseq_ST_st1_fsm0_0) & ~(ap_const_lv1_0 == grp_nbreadreq_fu_84_p3) & ~(iid_drop == ap_const_lv1_0)) | ((ap_const_logic_1 == ap_start) & (ap_const_logic_1 == ap_sig_cseq_ST_st1_fsm0_0) & (iid_drop == ap_const_lv1_0) & (ap_const_lv1_0 == iid_firstWord) & ~(ap_const_lv1_0 == grp_nbreadreq_fu_84_p3)) | ((ap_const_logic_1 == ap_start) & (ap_const_logic_1 == ap_sig_cseq_ST_st1_fsm0_0) & (iid_drop == ap_const_lv1_0) & ~(ap_const_lv1_0 == grp_nbreadreq_fu_84_p3) & ~(ap_const_lv1_0 == iid_firstWord) & ~(ap_const_lv1_0 == tmp_3_nbreadreq_fu_98_p3) & ~(ap_const_lv1_0 == tmp_5_nbreadreq_fu_106_p3) & ~(ap_const_lv1_0 == tmp_6_nbreadreq_fu_114_p3) & ~(ap_const_lv1_0 == tmp_30_fu_347_p2)) | ((ap_const_logic_1 == ap_start) & (ap_const_logic_1 == ap_sig_cseq_ST_st1_fsm0_0) & (iid_drop == ap_const_lv1_0) & ~(ap_const_lv1_0 == grp_nbreadreq_fu_84_p3) & ~(ap_const_lv1_0 == iid_firstWord) & ~(ap_const_lv1_0 == tmp_3_nbreadreq_fu_98_p3) & ~(ap_const_lv1_0 == tmp_5_nbreadreq_fu_106_p3) & ~(ap_const_lv1_0 == tmp_6_nbreadreq_fu_114_p3) & (ap_const_lv1_0 == tmp_30_fu_347_p2)))) begin
        tmp_31_phi_fu_184_p8 = ipDataCheckFifo_V_dout[ap_const_lv32_48];
    end else begin
        tmp_31_phi_fu_184_p8 = ap_reg_phiprechg_tmp_31_reg_181pp0_it0;
    end
end
/// the next state (ap_NS_fsm0) of the state machine. ///
always @ (ap_done_reg or ap_CS_fsm0 or ap_sig_bdd_100 or ap_sig_bdd_148 or ap_sig_cseq_ST_st2_fsm1_1)
begin
    case (ap_CS_fsm0)
        ap_ST_st1_fsm0_0 : 
        begin
            ap_NS_fsm0 = ap_ST_st1_fsm0_0;
        end
        default : 
        begin
            ap_NS_fsm0 = 'bx;
        end
    endcase
end

/// the next state (ap_NS_fsm1) of the state machine. ///
always @ (ap_done_reg or ap_sig_cseq_ST_st1_fsm0_0 or ap_CS_fsm1 or ap_sig_bdd_100 or ap_sig_bdd_148 or ap_sig_cseq_ST_st2_fsm1_1)
begin
    case (ap_CS_fsm1)
        ap_ST_st2_fsm1_1 : 
        begin
            if (((ap_const_logic_1 == ap_sig_cseq_ST_st1_fsm0_0) & ~((ap_done_reg == ap_const_logic_1) | ap_sig_bdd_148) & ~ap_sig_bdd_100)) begin
                ap_NS_fsm1 = ap_ST_st2_fsm1_1;
            end else if ((~((ap_done_reg == ap_const_logic_1) | ap_sig_bdd_148) & (~(ap_const_logic_1 == ap_sig_cseq_ST_st1_fsm0_0) | ((ap_const_logic_1 == ap_sig_cseq_ST_st1_fsm0_0) & ap_sig_bdd_100)))) begin
                ap_NS_fsm1 = ap_ST_st0_fsm1_0;
            end else begin
                ap_NS_fsm1 = ap_ST_st2_fsm1_1;
            end
        end
        ap_ST_st0_fsm1_0 : 
        begin
            if (((ap_const_logic_1 == ap_sig_cseq_ST_st1_fsm0_0) & ~((ap_done_reg == ap_const_logic_1) | ap_sig_bdd_100 | (ap_sig_bdd_148 & (ap_const_logic_1 == ap_sig_cseq_ST_st2_fsm1_1))))) begin
                ap_NS_fsm1 = ap_ST_st2_fsm1_1;
            end else begin
                ap_NS_fsm1 = ap_ST_st0_fsm1_0;
            end
        end
        default : 
        begin
            ap_NS_fsm1 = 'bx;
        end
    endcase
end

assign ap_reg_phiprechg_iid_drop_flag_1_reg_147pp0_it0 = 'bx;
assign ap_reg_phiprechg_iid_drop_flag_2_reg_194pp0_it0 = 'bx;
assign ap_reg_phiprechg_iid_drop_new_2_reg_220pp0_it0 = 'bx;
assign ap_reg_phiprechg_iid_firstWord_flag_1_reg_245pp0_it0 = 'bx;
assign ap_reg_phiprechg_iid_firstWord_flag_reg_164pp0_it0 = 'bx;
assign ap_reg_phiprechg_iid_firstWord_new_1_reg_271pp0_it0 = 'bx;
assign ap_reg_phiprechg_tmp_31_reg_181pp0_it0 = 'bx;

/// ap_sig_bdd_100 assign process. ///
always @ (ap_start or ap_done_reg or ipDataCheckFifo_V_empty_n or grp_nbreadreq_fu_84_p3 or ipValidFifo_V_V_empty_n or tmp_3_nbreadreq_fu_98_p3 or tmp_5_nbreadreq_fu_106_p3 or tmp_6_nbreadreq_fu_114_p3 or ipValidFifoVersionNo_V_V_empty_n or ipFragmentDrop_V_V_empty_n or iid_drop or iid_firstWord)
begin
    ap_sig_bdd_100 = (((ipDataCheckFifo_V_empty_n == ap_const_logic_0) & (iid_drop == ap_const_lv1_0) & (ap_const_lv1_0 == iid_firstWord) & ~(ap_const_lv1_0 == grp_nbreadreq_fu_84_p3)) | ((iid_drop == ap_const_lv1_0) & ~(ap_const_lv1_0 == grp_nbreadreq_fu_84_p3) & (ipValidFifo_V_V_empty_n == ap_const_logic_0) & ~(ap_const_lv1_0 == iid_firstWord) & ~(ap_const_lv1_0 == tmp_3_nbreadreq_fu_98_p3) & ~(ap_const_lv1_0 == tmp_5_nbreadreq_fu_106_p3) & ~(ap_const_lv1_0 == tmp_6_nbreadreq_fu_114_p3)) | ((iid_drop == ap_const_lv1_0) & ~(ap_const_lv1_0 == grp_nbreadreq_fu_84_p3) & ~(ap_const_lv1_0 == iid_firstWord) & ~(ap_const_lv1_0 == tmp_3_nbreadreq_fu_98_p3) & ~(ap_const_lv1_0 == tmp_5_nbreadreq_fu_106_p3) & ~(ap_const_lv1_0 == tmp_6_nbreadreq_fu_114_p3) & (ipValidFifoVersionNo_V_V_empty_n == ap_const_logic_0)) | ((iid_drop == ap_const_lv1_0) & ~(ap_const_lv1_0 == grp_nbreadreq_fu_84_p3) & ~(ap_const_lv1_0 == iid_firstWord) & ~(ap_const_lv1_0 == tmp_3_nbreadreq_fu_98_p3) & ~(ap_const_lv1_0 == tmp_5_nbreadreq_fu_106_p3) & ~(ap_const_lv1_0 == tmp_6_nbreadreq_fu_114_p3) & (ipFragmentDrop_V_V_empty_n == ap_const_logic_0)) | ((ipDataCheckFifo_V_empty_n == ap_const_logic_0) & (iid_drop == ap_const_lv1_0) & ~(ap_const_lv1_0 == grp_nbreadreq_fu_84_p3) & ~(ap_const_lv1_0 == iid_firstWord) & ~(ap_const_lv1_0 == tmp_3_nbreadreq_fu_98_p3) & ~(ap_const_lv1_0 == tmp_5_nbreadreq_fu_106_p3) & ~(ap_const_lv1_0 == tmp_6_nbreadreq_fu_114_p3)) | ((ipDataCheckFifo_V_empty_n == ap_const_logic_0) & ~(ap_const_lv1_0 == grp_nbreadreq_fu_84_p3) & ~(iid_drop == ap_const_lv1_0)) | (ap_start == ap_const_logic_0) | (ap_done_reg == ap_const_logic_1));
end

/// ap_sig_bdd_148 assign process. ///
always @ (ipDataDropFifo_V_full_n or iid_drop_load_reg_386 or iid_firstWord_load_reg_390 or tmp_4_reg_394 or tmp_3_reg_398 or tmp_5_reg_402 or tmp_6_reg_406 or tmp_7_reg_410 or tmp_30_reg_414)
begin
    ap_sig_bdd_148 = (((ipDataDropFifo_V_full_n == ap_const_logic_0) & (ap_const_lv1_0 == iid_drop_load_reg_386) & (ap_const_lv1_0 == iid_firstWord_load_reg_390) & ~(ap_const_lv1_0 == tmp_4_reg_394)) | ((ipDataDropFifo_V_full_n == ap_const_logic_0) & (ap_const_lv1_0 == iid_drop_load_reg_386) & ~(ap_const_lv1_0 == iid_firstWord_load_reg_390) & ~(ap_const_lv1_0 == tmp_3_reg_398) & ~(ap_const_lv1_0 == tmp_5_reg_402) & ~(ap_const_lv1_0 == tmp_6_reg_406) & ~(ap_const_lv1_0 == tmp_7_reg_410) & ~(ap_const_lv1_0 == tmp_30_reg_414)));
end

/// ap_sig_bdd_154 assign process. ///
always @ (ap_CS_fsm1)
begin
    ap_sig_bdd_154 = (ap_const_lv1_1 == ap_CS_fsm1[ap_const_lv32_1]);
end

/// ap_sig_bdd_23 assign process. ///
always @ (ap_CS_fsm0)
begin
    ap_sig_bdd_23 = (ap_CS_fsm0[ap_const_lv32_0] == ap_const_lv1_1);
end

/// ap_sig_bdd_34 assign process. ///
always @ (ap_CS_fsm1)
begin
    ap_sig_bdd_34 = (ap_const_lv1_1 == ap_CS_fsm1[ap_const_lv32_0]);
end
assign grp_nbreadreq_fu_84_p3 = ipDataCheckFifo_V_empty_n;
assign ipDataDropFifo_V_din = reg_310;
assign lhs_V_fu_323_p1 = ipValidFifo_V_V_dout;
assign not_tmp_s_fu_360_p2 = (tmp_31_phi_fu_184_p8 ^ ap_const_lv1_1);
assign p_iid_drop_flag_1_fu_353_p2 = (tmp_31_phi_fu_184_p8 | iid_drop_flag_1_phi_fu_150_p8);
assign p_iid_firstWord_flag_fu_367_p2 = (tmp_31_phi_fu_184_p8 | iid_firstWord_flag_phi_fu_167_p8);
assign rhs_V_fu_327_p1 = ipValidFifoVersionNo_V_V_dout;
assign tmp1_fu_335_p2 = (lhs_V_fu_323_p1 + tmp_s_fu_331_p1);
assign tmp_30_fu_347_p2 = (valid_V_fu_341_p2 == ap_const_lv2_3? 1'b1: 1'b0);
assign tmp_3_nbreadreq_fu_98_p3 = ipValidFifo_V_V_empty_n;
assign tmp_5_nbreadreq_fu_106_p3 = ipValidFifoVersionNo_V_V_empty_n;
assign tmp_6_nbreadreq_fu_114_p3 = ipFragmentDrop_V_V_empty_n;
assign tmp_s_fu_331_p1 = ipFragmentDrop_V_V_dout;
assign valid_V_fu_341_p2 = (tmp1_fu_335_p2 + rhs_V_fu_327_p1);


endmodule //ip_handler_ip_invalid_dropper